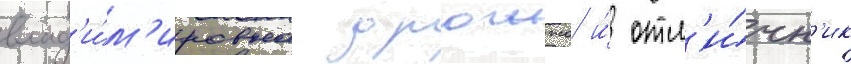
влад'и́м'ировна дрожжа и́ отл'и́чн'ик